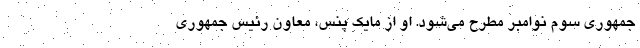
جمهوری سوم نوامبر مطرح می‌شود. او از مایک پنس، معاون رئیس جمهوری